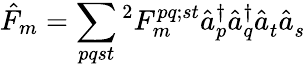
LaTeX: {\hat{F}}_{m}=\sum_{pqst}{^{2}F_{m}^{pq;st}{\hat{a}}_{p}^{\dagger}{\hat{a}}_{q}^{\dagger}{\hat{a}}_{t}^{}{\hat{a}}_{s}^{}}